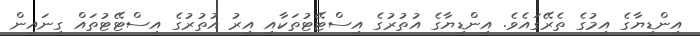
އިންޑިޔާގެ އިމުގެ ތެރޭގައެވެ. އިންޑިޔާގެ އުތުރުގެ އިސްޓޭޓުތަކާއި އިރު އުތުރުގެ އިސްޓޭޓުތައް ގިނައިން